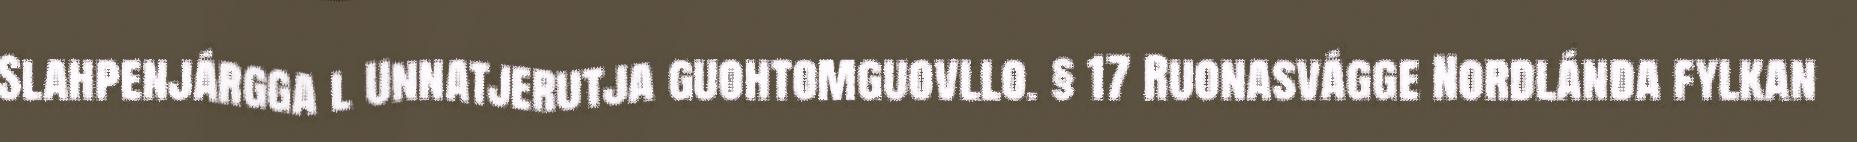
Slahpenjárgga l Unnatjerutja guohtomguovllo. § 17 Ruonasvágge Nordlánda fylkan